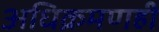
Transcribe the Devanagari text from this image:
अधिक्रमणही